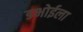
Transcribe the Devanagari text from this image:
डभोईला